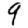
Digit: 9